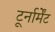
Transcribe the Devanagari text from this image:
टूर्नार्मेंट